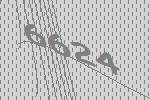
6624